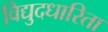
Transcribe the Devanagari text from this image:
विद्युदधारिता